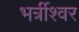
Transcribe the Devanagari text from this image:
भर्त्रीश्वर